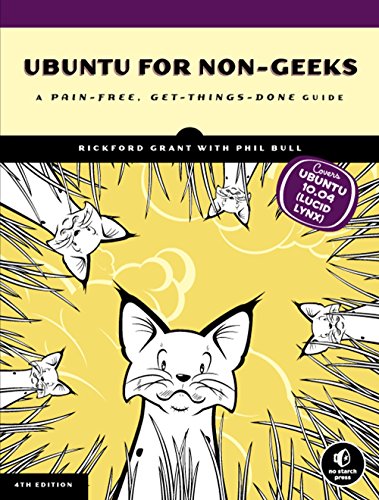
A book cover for Ubuntu for Non-Geeks: A Pain-Free, Get-Things-Done Guide; Rickford Grant; Computers & Technology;